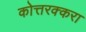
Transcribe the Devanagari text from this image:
कोत्तरक्करा